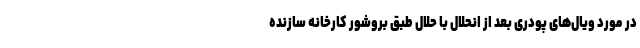
در مورد ویال‌های پودری بعد از انحلال با حلال طبق بروشور کارخانه سازنده